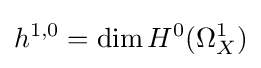
h^{1,0}=\dim H^{0}(\Omega _{X}^{1})